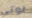
لوتي